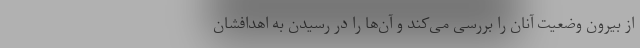
از بیرون وضعیت آنان را بررسی می‌کند و آن‌ها را در رسیدن به اهدافشان